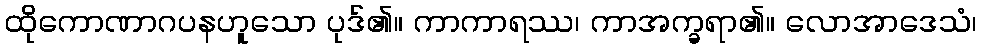
ထိုကောဏာဂပနဟူသော ပုဒ်၏။ ကာကာရဿ၊ ကာအက္ခရာ၏။ လောအာဒေသံ၊